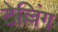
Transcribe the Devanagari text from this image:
टेल्लिंग